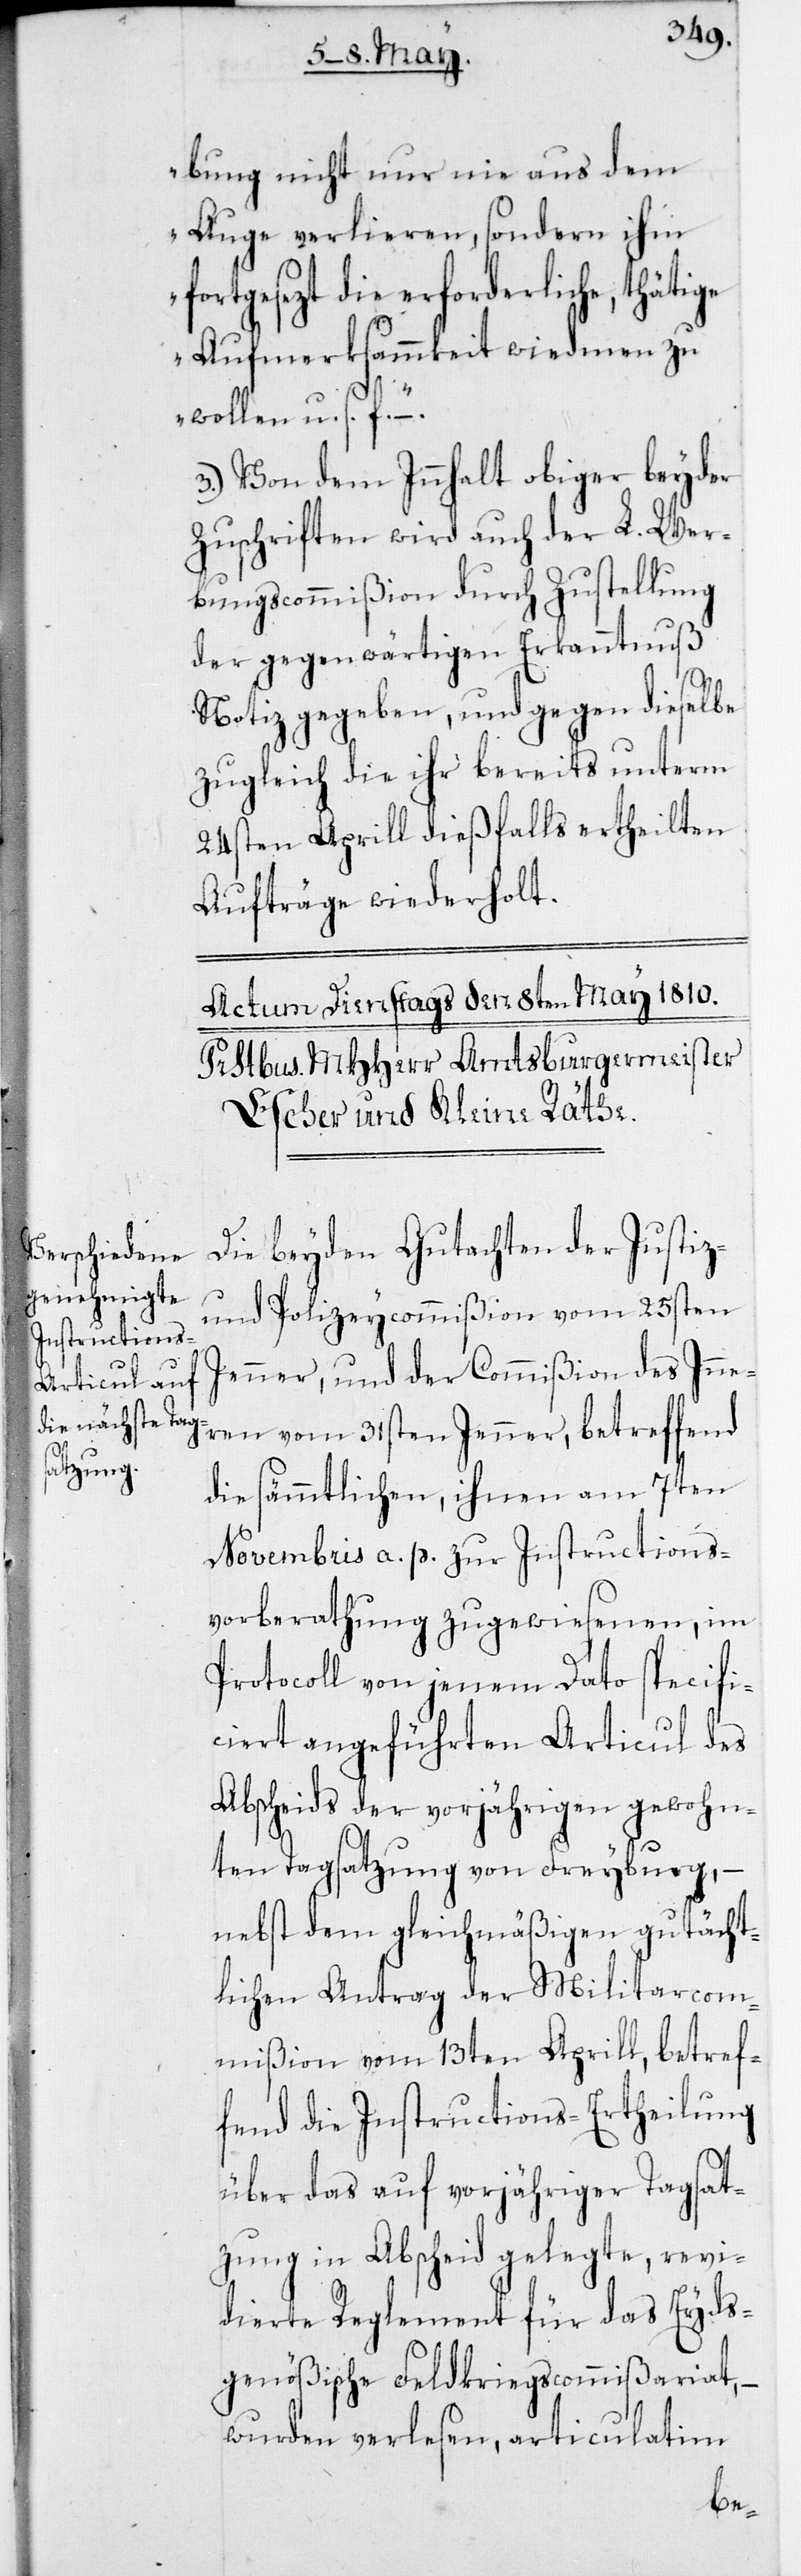
bung nicht nur nie aus dem
Auge verlieren, sondern ihm
fortgesezt die erforderliche, thätige
Aufmerksammkeit wiedmen zu
wollen, u. s. f.“
3. Von dem Innhalt obiger beyder
Zuschriften wird auch der L. Wer¬
bungscommißion durch Zustellung
der gegenwärtigen Erkanntnuß
Notiz gegeben, und gegen dieselbe
zugleich die ihr bereits unterm
24sten Aprill dießfalls ertheilten
Aufträge wiederholt.
Die beyden Gutachten der Justiz-
und Polizeycommißion vom 25sten
Jenner, und der Commißion des Inne¬
ren vom 31sten Jenner, betreffend
die sämmtlichen, ihnen am 7ten
Novembris a. p. zur Instructions¬
vorberathung zugewiesenen, im
Protocoll von jenem Dato specifi¬
ciert angeführten Articuls des
Abscheids der vorjährigen gewohn¬
ten Tagsatzung von Freyburg, –
nebst dem gleichmäßigen gutächt¬
lichen Antrag der Militarcom¬
mißion vom 13ten Aprill, betref¬
fend die Instructions-Ertheilung
über das auf vorjähriger Tagsat¬
zung in Abscheid gelegte, revi¬
dierte Reglement für das Eyds¬
genößische Feldkriegscommißariat, –
wurden verlesen, articulatim